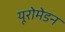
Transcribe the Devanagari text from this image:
यूरोमेडन